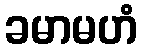
ခမာမဟံ